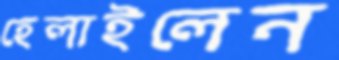
হেলাইলেন